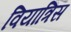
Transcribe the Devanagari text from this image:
वियात्रिस